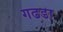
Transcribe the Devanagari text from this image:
गढडा